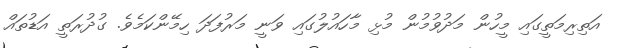
އަތިރިމަތީގައި މީހުން މަދުވުމުން މުޅި މާހައުލުގައި ވަނީ މަރުފަދަ ހިމޭންކަމެވެ. ގުދުރަތީ އަޑުތައް